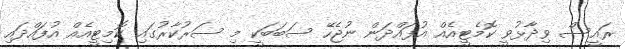
ރައީސް ވިދާޅުވީ ކޮމެޓީއެއް އުފައްދަން ނުޖެހޭ ސަބަބަކީ މި ސަރުކާރުގައި ކޮމިޓީއެއް އުފައްދައި